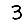
Digit: 3